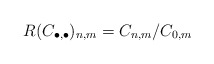
\begin{align*}R(C_{\bullet,\bullet})_{n,m}=C_{n,m}/C_{0,m} \end{align*}